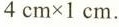
$$4cm×1cm$$。